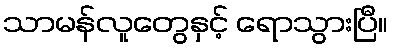
သာမန်လူတွေနှင့် ရောသွားပြီ။